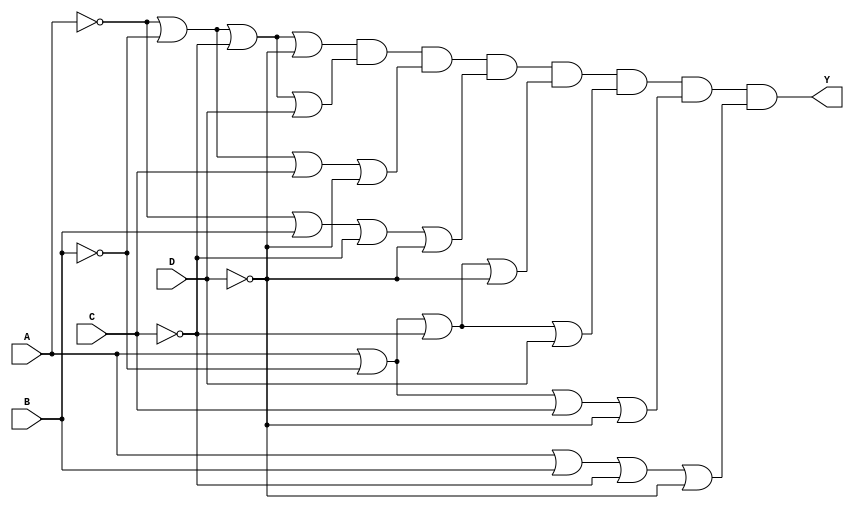
module pos_simplification (
    input wire A,
    input wire B,
    input wire C,
    input wire D,
    output wire Y
);

// Intermediate signals for sum terms
wire sum_term1; // Corresponds to minterm 0 (A' + B' + C' + D')
wire sum_term2; // Corresponds to minterm 1 (A' + B' + C' + D)
wire sum_term3; // Corresponds to minterm 2 (A' + B' + C + D')
wire sum_term4; // Corresponds to minterm 3 (A' + B + C' + D')
wire sum_term5; // Corresponds to minterm 4 (A + B' + C' + D')
wire sum_term6; // Corresponds to minterm 5 (A + B' + C' + D)
wire sum_term7; // Corresponds to minterm 6 (A + B' + C + D')
wire sum_term8; // Corresponds to minterm 7 (A + B + C' + D')

// Create sum terms using OR gates
assign sum_term1 = ~A | ~B | ~C | ~D; // A' + B' + C' + D'
assign sum_term2 = ~A | ~B | ~C | D;  // A' + B' + C' + D
assign sum_term3 = ~A | ~B | C | ~D;   // A' + B' + C + D'
assign sum_term4 = ~A | B | ~C | ~D;    // A' + B + C' + D'
assign sum_term5 = A | ~B | ~C | ~D;    // A + B' + C' + D'
assign sum_term6 = A | ~B | ~C | D;     // A + B' + C' + D
assign sum_term7 = A | ~B | C | ~D;      // A + B' + C + D'
assign sum_term8 = A | B | ~C | ~D;      // A + B + C' + D'

// Combine all sum terms using AND gate to form the final output Y
assign Y = sum_term1 & sum_term2 & sum_term3 & sum_term4 & 
           sum_term5 & sum_term6 & sum_term7 & sum_term8;

endmodule